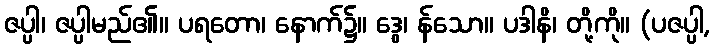
ဇပ္ပါ၊ ဇပ္ပါမည်၏။ ပရတော၊ နောက်၌။ ဒွေ၊ န်သော။ ပဒါနိ၊ တို့ကို။ (ပဇပ္ပါ,